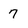
Character: 7